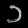
Digit: ၁